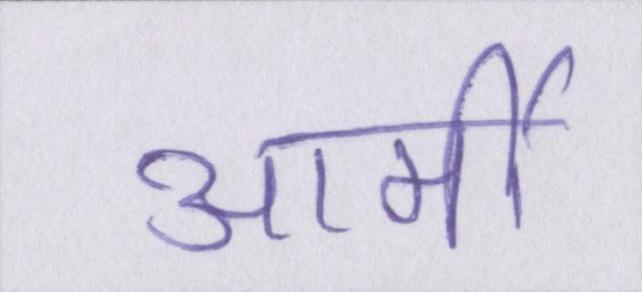
आर्मी